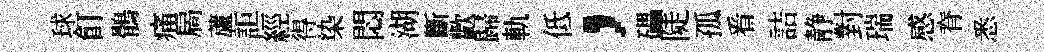
球飣鶻痛扄蘆詎經得染悶湖斷歡歸軌低，礧陡孤㸔詰静對瑞感脊悉